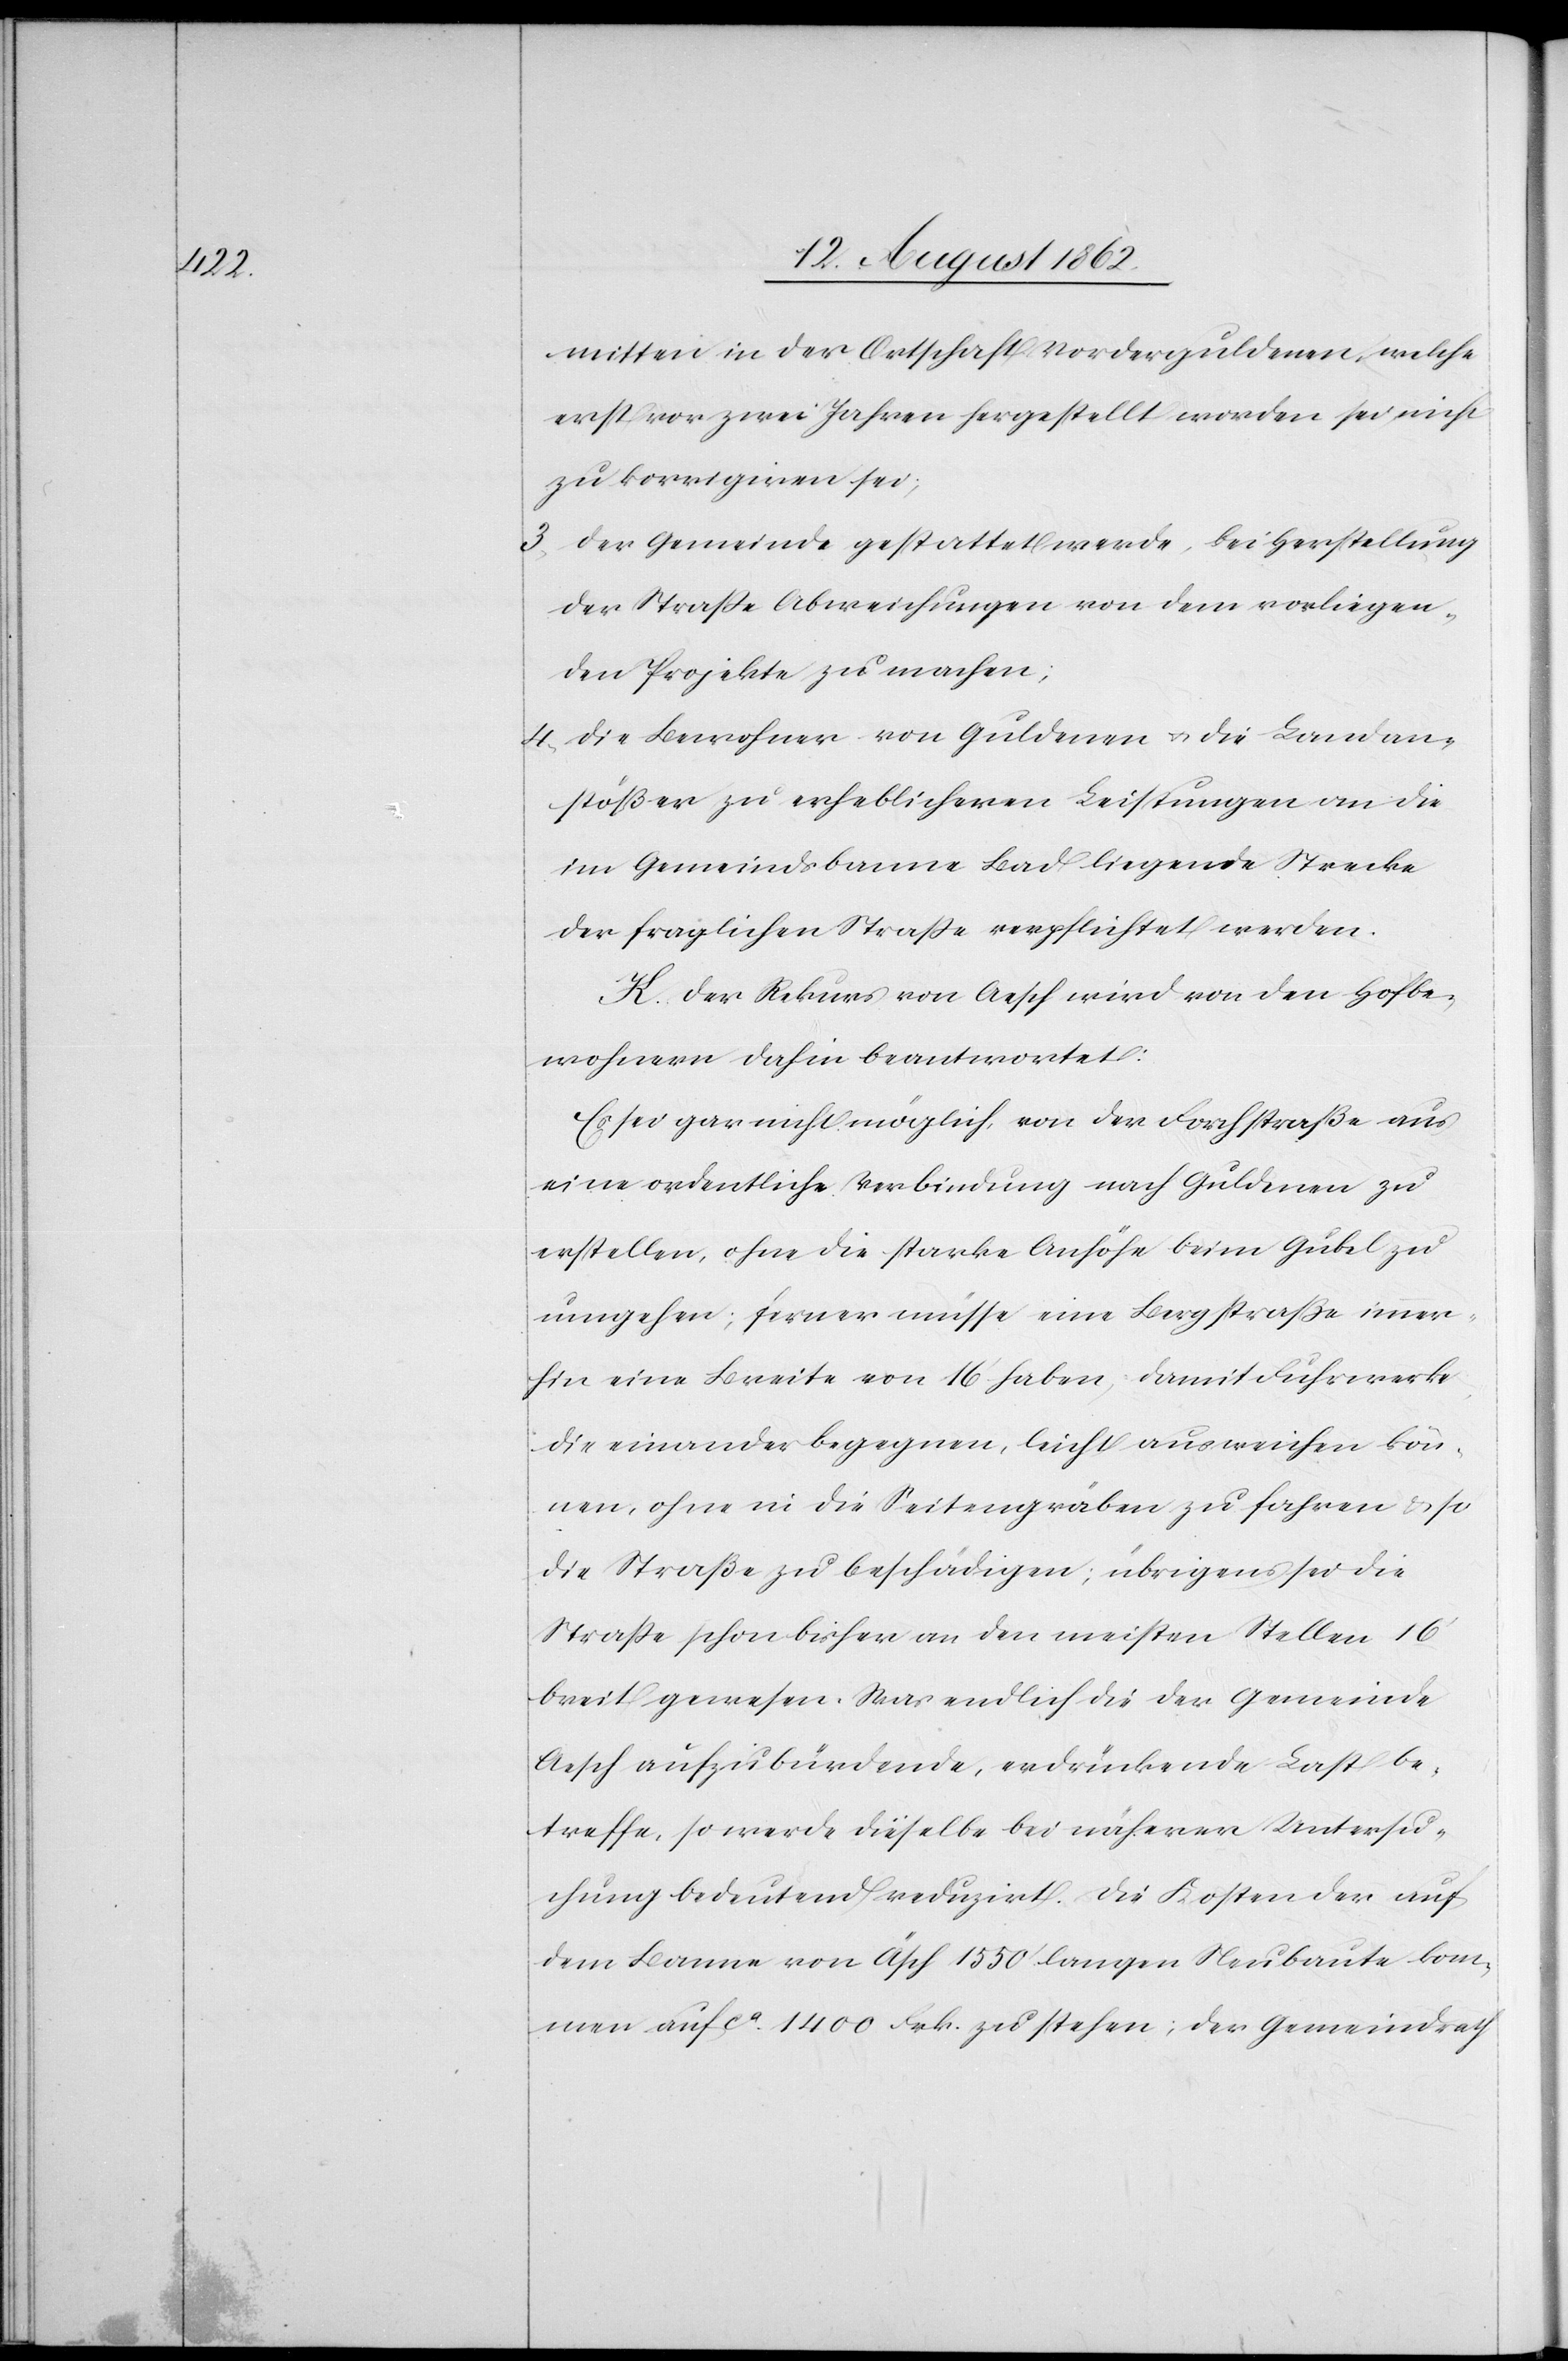
mitten in der Ortschaft Vorderguldenen, welche
erst vor zwei Jahren hergestellt worden sei, nicht
zu korrigiren sei;
3. Der Gemeinde gestattet werde, bei Herstellung
der Straße Abweichungen von dem vorliegen¬
den Projekte zu machen;
4. Die Bewohner von Guldenen u. die Landan¬
stößer zu erheblicheren Leistungen an die
im Gemeindsbanne Bad liegende Strecke
der fraglichen Straße verpflichtet werden.
K. Der Rekurs von Aesch wird von den Hofbe¬
wohnern dahin beantwortet:
Es sei gar nicht möglich, von der Forchstraße aus
eine ordentliche Verbindung nach Guldenen zu
erstellen, ohne die starke Anhöhe beim Gubel zu
umgehen; ferner müsse eine Bergstraße immer¬
hin eine Breite von 16’ haben, damit Fuhrwerke
die einander begegnen, leicht ausweisen kön¬
nen, ohne in die Seitengräben zu fahren u. so
die Straße zu beschädigen; übrigens sei die
Straße schon bisher an den meisten Stellen 16’
breit gewesen. Was endlich die der Gemeinde
Aesch aufzubürdende, erdrückende Last be¬
treffe, so werde dieselbe bei näherer Untersu¬
chung bedeutend reduzirt. Die Kosten der auf
dem Banne von Äsch 1550’ langen Neubaute kom¬
men auf ca 1400 Frk. zu stehen; der Gemeindrath